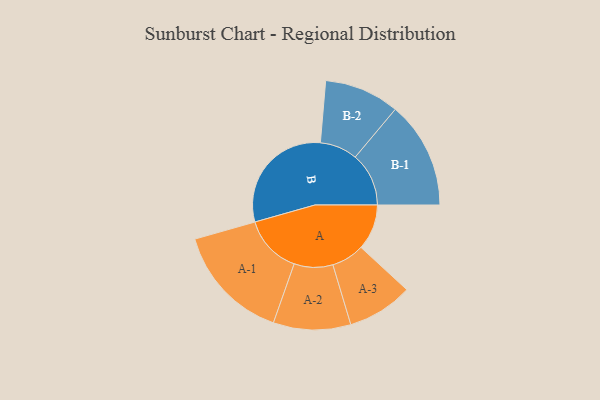
{"axis": {"x": "Segment", "y": "Value"}, "legend": ["", "A", "B"], "data": [{"x": "A", "y": 163, "type": ""}, {"x": "B", "y": 423, "type": ""}, {"x": "A-1", "y": 209, "type": "A"}, {"x": "A-2", "y": 138, "type": "A"}, {"x": "A-3", "y": 117, "type": "A"}, {"x": "B-1", "y": 191, "type": "B"}, {"x": "B-2", "y": 134, "type": "B"}]}